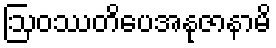
ဩဝဿတိပေအနုဇာနာမိ